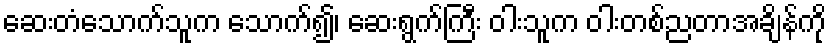
ဆေးတံသောက်သူက သောက်၍၊ ဆေးရွက်ကြီး ဝါးသူက ဝါးတစ်ညတာအချိန်ကို